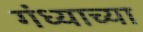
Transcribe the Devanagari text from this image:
गंध्याच्या